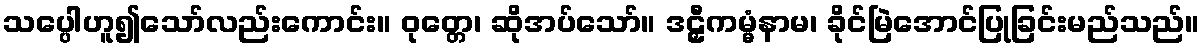
သပ္ပေါဟူ၍သော်လည်းကောင်း။ ဝုတ္တေ၊ ဆိုအပ်သော်။ ဒဠှီကမ္မံနာမ၊ ခိုင်မြဲအောင်ပြုခြင်းမည်သည်။